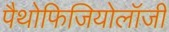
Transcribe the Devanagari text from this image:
पैथोफिजियोलॉजी